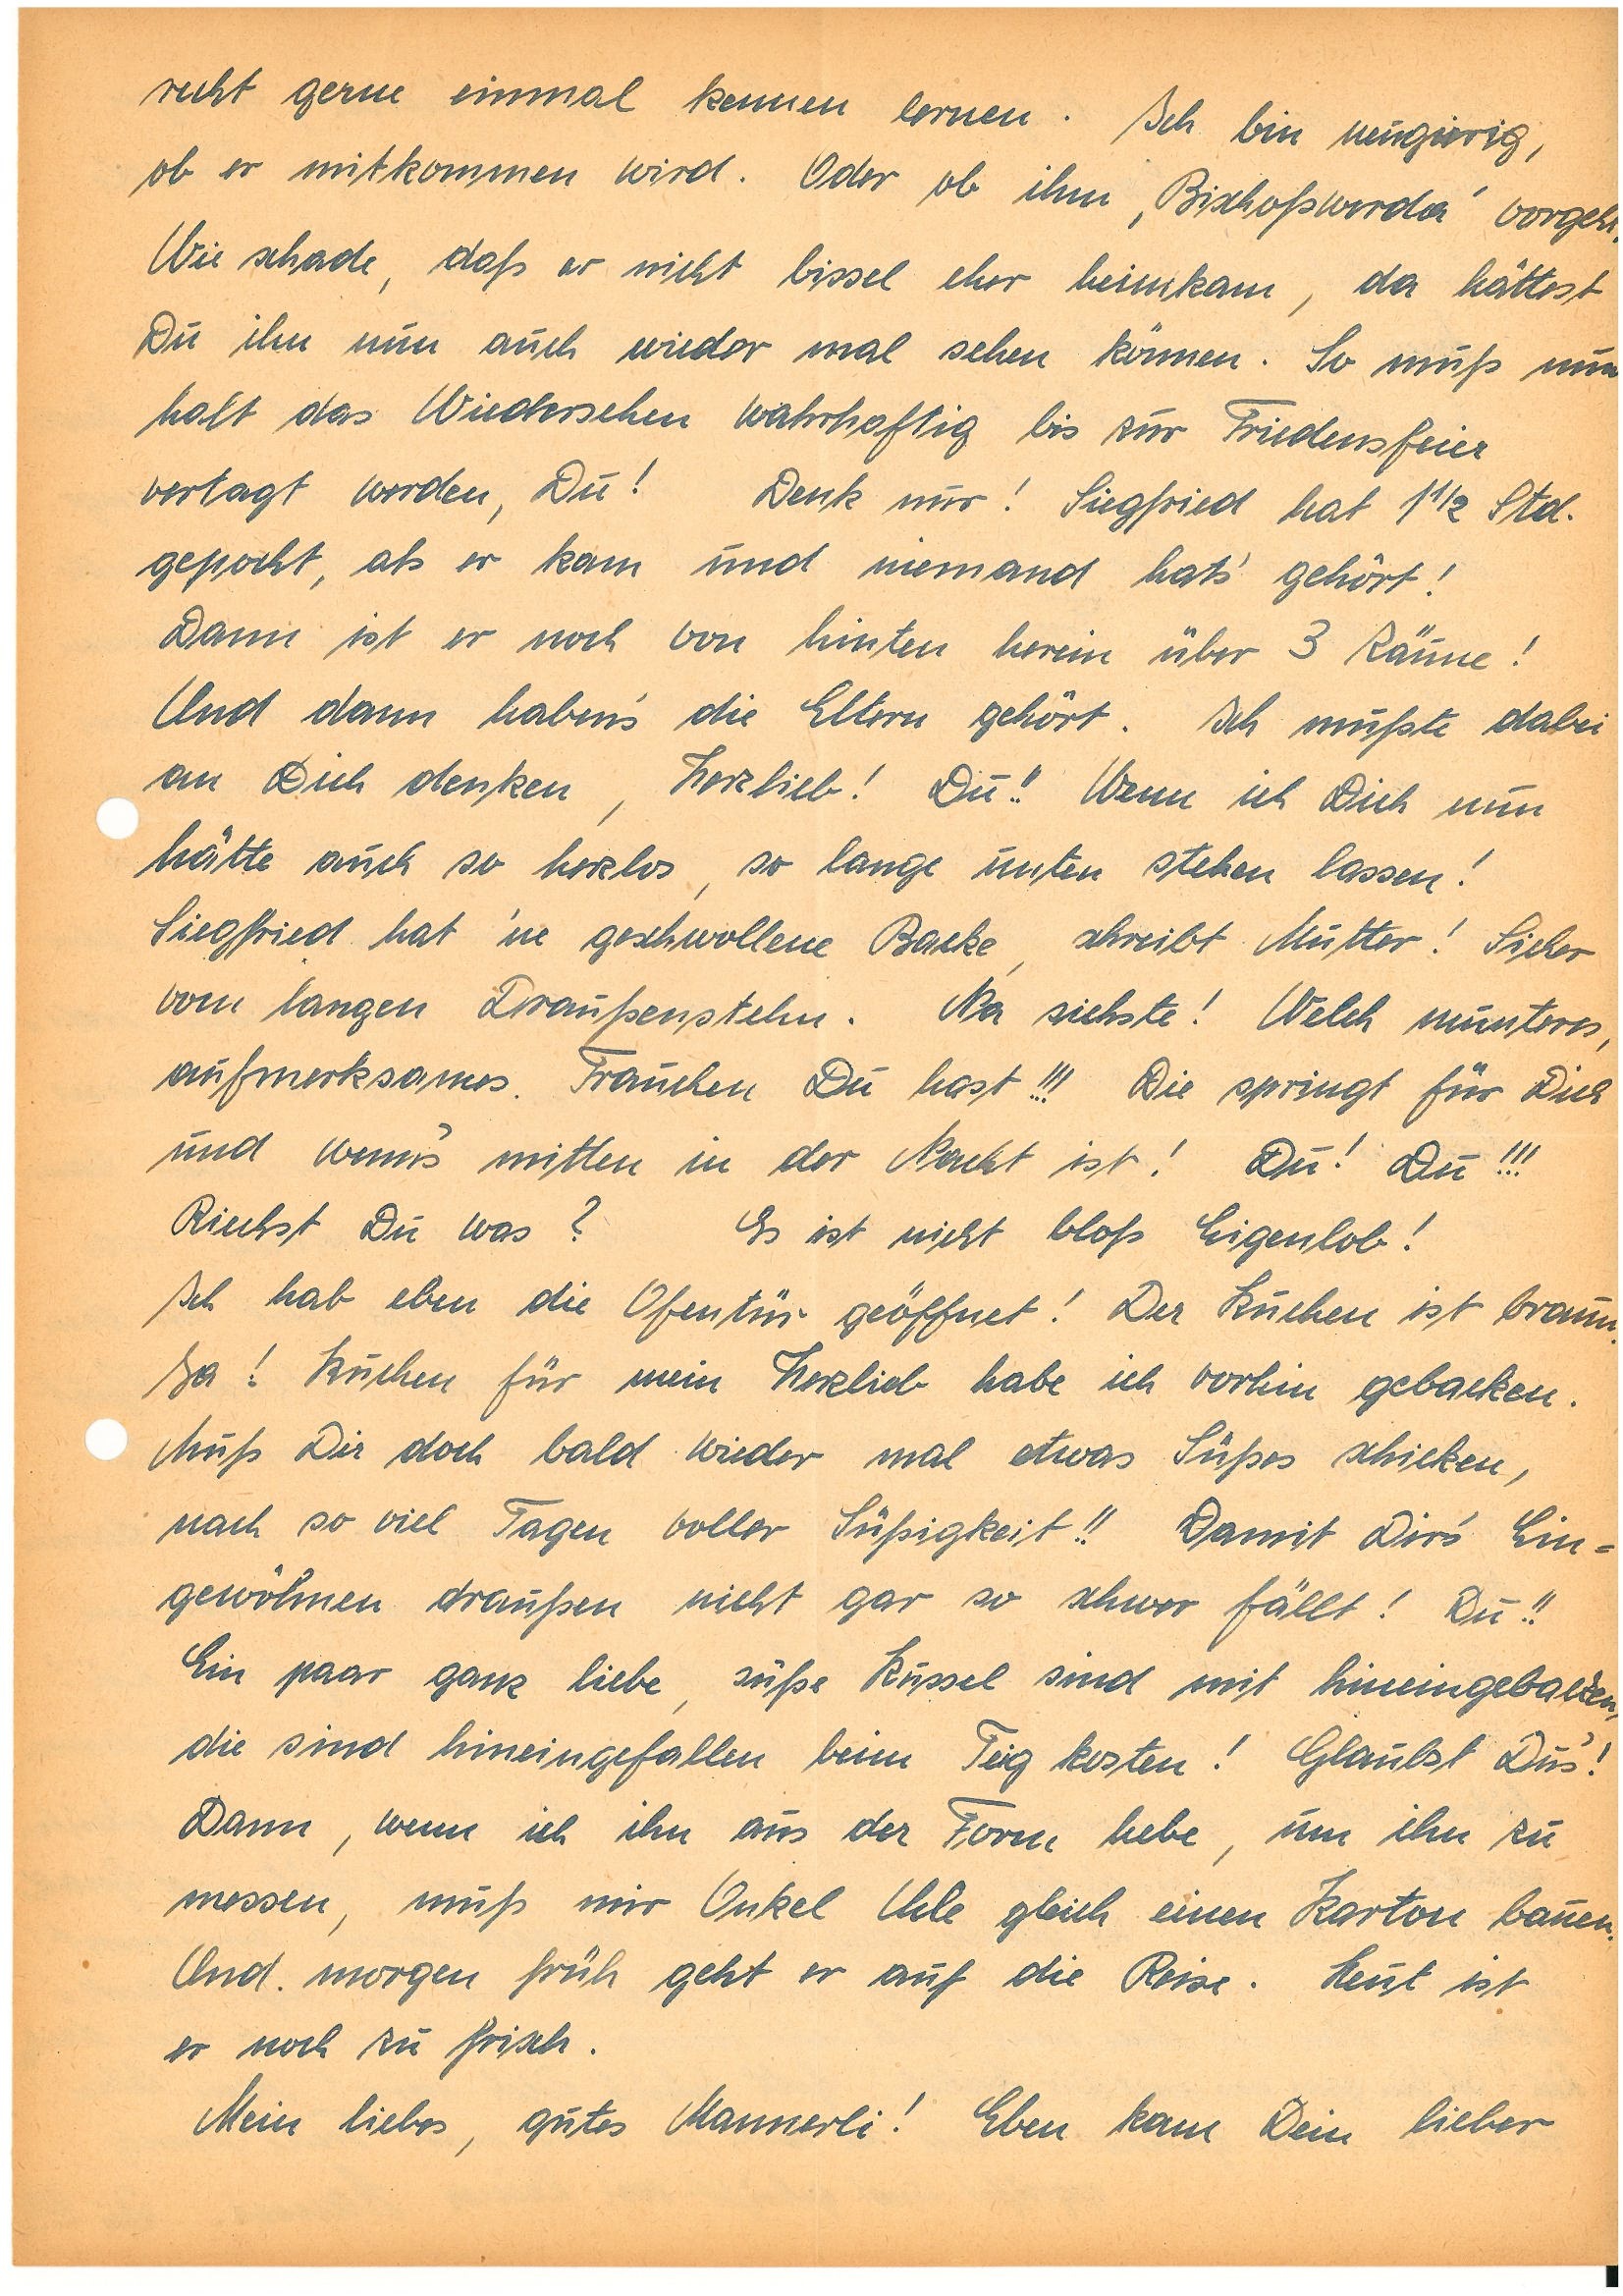
recht gerne einmal kennen lernen. Ich bin neugierig,
ob er mitkommen wird. Oder ob ihm ‘B.’  vorgeht.
Wie schade, daß er nicht bissel eher heimkam, da hättest
Du ihn nun auch wieder mal sehen können. So muß nun
halt das Wiedersehen wahrhaftig bis zur Friedensfeier
vertragt werden, Du! Denk nur! S. hat 1 ½ Std.
gepocht, als er kam und niemand hats’ gehört!
Dann ist er noch von hinten herein über 3 Räume!
Und dann habens’ die Eltern gehört. Ich mußte dabei
an Dich denken, Herzlieb! Du!! Wenn ich Dich nun
hätte auch so herzlos, so lange unten stehen lassen!
S. hat ‘ne  geschwollene Backe, schreibt Mutter! Sicher
vom langen Draußenstehn. Na siehste Welch munteres,
aufmerksames Frauchen du hast!!! Die springt für Dich
und wenns’ mitten in der Nacht ist! Du! Du!!!
Riechst Du was? Es ist nicht bloß Eigenlob!
Ich hab eben die Ofentür geöffnet! Der Kuchen ist braun.
Ja! Kuchen für mein Herzlieb habe ich vorhin gebacken.
Muß Dir doch bald wieder mal etwas Süßes schicken,
nach so viel Tagen voller Süßigkeit!! Damit Dirs’ Ein¬
gewöhnen draußen nicht gar so schwer fällt! Du!!
Ein paar ganz liebe, süße Küssel sind mit hineingebacken,
die sind hineingefallen beim Teig kosten! Glaubst Dus’!
Dann, wenn ich ihn aus der Form hebe, um ihn zu
messen, muß mir Onkel U. gleich einen Karton bauen.
Und morgen früh geht er auf die Reise. Heut ist
er noch zu frisch.
Mein liebes, gutes Mannerli! Eben kam Dein lieber